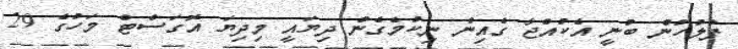
ފުލުހުން ބުނީ އެކުއްޖާ ގެއިން ނިކުމެގެން ދިޔައީ މިދިޔަ އޮގަސްޓް މަހުގެ 29